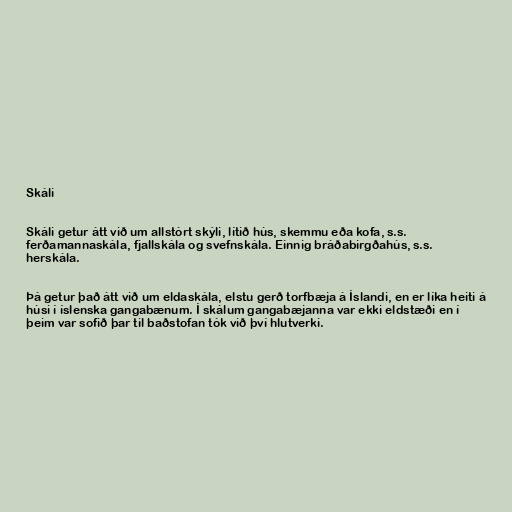
Skáli

Skáli getur átt við um allstórt skýli, lítið hús, skemmu eða kofa, s.s.
ferðamannaskála, fjallskála og svefnskála. Einnig bráðabirgðahús, s.s.
herskála.

Þá getur það átt við um eldaskála, elstu gerð torfbæja á Íslandi, en er líka heiti á
húsi í íslenska gangabænum. Í skálum gangabæjanna var ekki eldstæði en í
þeim var sofið þar til baðstofan tók við því hlutverki.